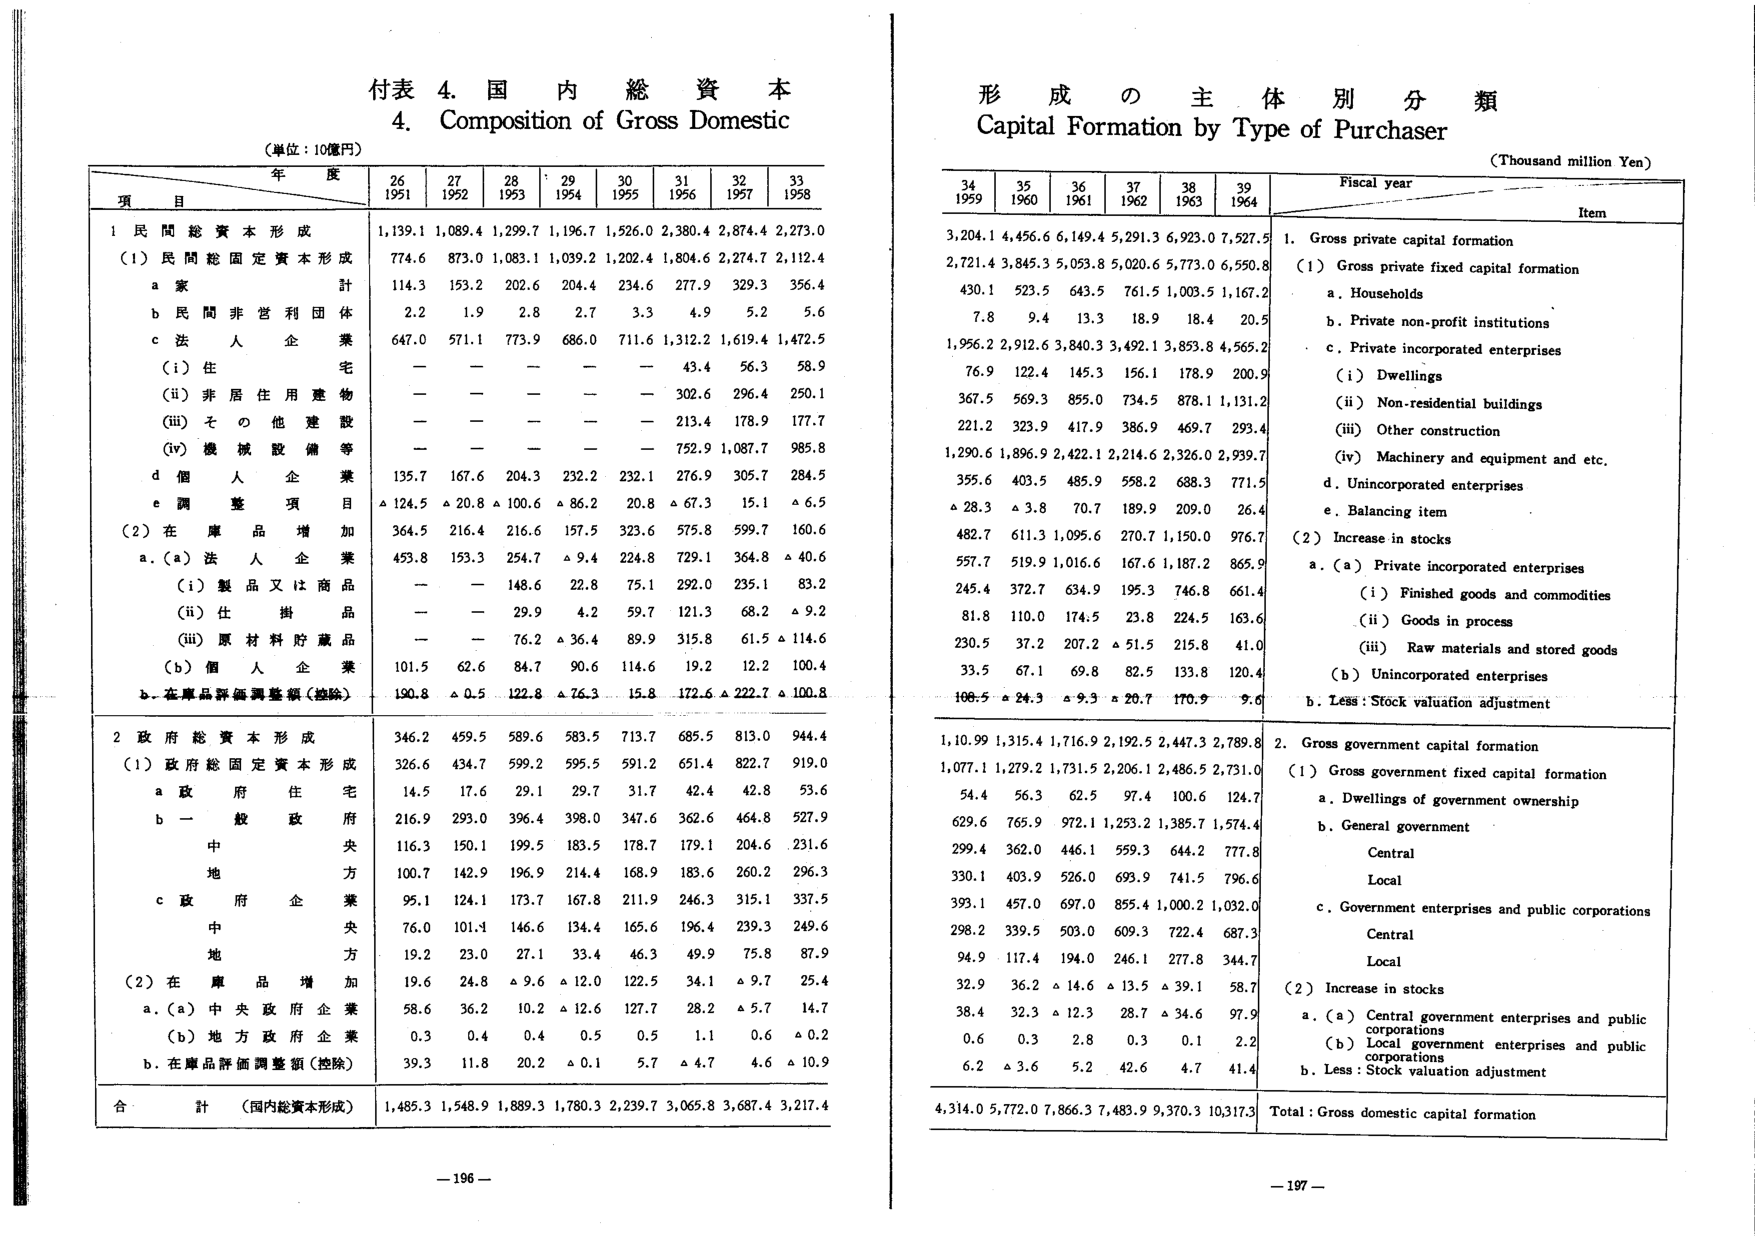
付表 4. 国内総資本
4. Composition of Gross Domestic

（単位：10億円）

年 度
項 目
26 1951
27 1952
28 1953
29 1954
30 1955
31 1956
32 1957
33 1958

1 民間総資本形成
1,139.1 1,089.4 1,299.7 1,196.7 1,526.0 2,380.4 2,874.4 2,273.0

（1）民間総固定資本形成
774.6 873.0 1,083.1 1,039.2 1,202.4 1,804.6 2,274.7 2,112.4

a 家 計
114.3 153.2 202.6 204.4 234.6 277.9 329.3 356.4

b 民間非営利団体
2.2 1.9 2.8 2.7 3.3 4.9 5.2 5.6

c 法人企業
647.0 571.1 773.9 686.0 711.6 1,312.2 1,619.4 1,472.5

（i）住宅
— — — — — 43.4 56.3 58.9

（ii）非居住用建物
— — — — — 302.6 296.4 250.1

（iii）その他建設
— — — — — 213.4 178.9 177.7

（iv）機械設備等
— — — — — 752.9 1,087.7 985.8

d 個人企業
135.7 167.6 204.3 232.2 232.1 276.9 305.7 284.5

e 調整項目
△124.5 △20.8 △100.6 △86.2 20.8 △67.3 15.1 △6.5

（2）在庫品増加
364.5 216.4 216.6 157.5 323.6 575.8 599.7 160.6

a.（a）法人企業
453.8 153.3 254.7 △9.4 224.8 729.1 364.8 △40.6

（i）製品又は商品
— — 148.6 22.8 75.1 292.0 235.1 83.2

（ii）仕掛品
— — 29.9 4.2 59.7 121.3 68.2 △9.2

（iii）原材料貯蔵品
— — 76.2 △36.4 89.9 315.8 61.5 △114.6

（b）個人企業
101.5 62.6 84.7 90.6 114.6 19.2 12.2 100.4

b. 在庫品評価調整額（控除）
190.8 △0.5 122.8 △76.3 15.8 172.6 △222.7 △100.8

2 政府総資本形成
346.2 459.5 589.6 583.5 713.7 685.5 813.0 944.4

（1）政府総固定資本形成
326.6 434.7 599.2 595.5 591.2 651.4 822.7 919.0

a 政府住宅
14.5 17.6 29.1 29.7 31.7 42.4 42.8 53.6

b 一般政府
216.9 293.0 396.4 398.0 347.6 362.6 464.8 527.9

中央
116.3 150.1 199.5 183.5 178.7 179.1 204.6 231.6

地方
100.7 142.9 196.9 214.4 168.9 183.6 260.2 296.3

c 政府企業
95.1 124.1 173.7 167.8 211.9 246.3 315.1 337.5

中央
76.0 101.1 146.6 134.4 165.6 196.4 239.3 249.6

地方
19.2 23.0 27.1 33.4 46.3 49.9 75.8 87.9

（2）在庫品増加
19.6 24.8 △9.6 △12.0 122.5 34.1 △9.7 25.4

a.（a）中央政府企業
58.6 36.2 10.2 △12.6 127.7 28.2 △5.7 14.7

（b）地方政府企業
0.3 0.4 0.4 0.5 0.5 1.1 0.6 △0.2

b. 在庫品評価調整額（控除）
39.3 11.8 20.2 △0.1 5.7 △4.7 4.6 △10.9

合計（国内総資本形成）
1,485.3 1,548.9 1,889.3 1,780.3 2,239.7 3,065.8 3,687.4 3,217.4

—196—

形成の主体別分類
Capital Formation by Type of Purchaser
（Thousand million Yen）

Fiscal year
Item
34 1959
35 1960
36 1961
37 1962
38 1963
39 1964

1. Gross private capital formation
3,204.1 4,456.6 6,149.4 5,291.3 6,923.0 7,527.5

（1）Gross private fixed capital formation
2,721.4 3,845.3 5,053.8 5,020.6 5,773.0 6,550.8

a. Households
430.1 523.5 643.5 761.5 1,003.5 1,167.2

b. Private non-profit institutions
7.8 9.4 13.3 18.9 18.4 20.5

c. Private incorporated enterprises
1,956.2 2,912.6 3,840.3 3,492.1 3,853.8 4,565.2

（i）Dwellings
76.9 122.4 145.3 156.1 178.9 200.9

（ii）Non-residential buildings
367.5 569.3 855.0 734.5 878.1 1,131.2

（iii）Other construction
221.2 323.9 417.9 386.9 469.7 293.4

（iv）Machinery and equipment and etc.
1,290.6 1,896.9 2,422.1 2,214.6 2,326.0 2,939.7

d. Unincorporated enterprises
355.6 403.5 485.9 558.2 688.3 771.5

e. Balancing item
△28.3 △3.8 70.7 189.9 209.0 26.4

（2）Increase in stocks
482.7 611.3 1,095.6 270.7 1,150.0 976.7

a.（a）Private incorporated enterprises
557.7 519.9 1,016.6 167.6 1,187.2 865.9

（i）Finished goods and commodities
245.4 372.7 634.9 195.3 746.8 661.4

（ii）Goods in process
81.8 110.0 174.5 23.8 224.5 163.6

（iii）Raw materials and stored goods
230.5 37.2 207.2 △51.5 215.8 41.0

（b）Unincorporated enterprises
33.5 67.1 69.8 82.5 133.8 120.4

b. Less : Stock valuation adjustment
108.5 △24.3 △9.3 △20.7 170.9 9.0

2. Gross government capital formation
1,10.99 1,315.4 1,716.9 2,192.5 2,447.3 2,789.8

（1）Gross government fixed capital formation
1,077.1 1,279.2 1,731.5 2,206.1 2,486.5 2,731.0

a. Dwellings of government ownership
54.4 56.3 62.5 97.4 100.6 124.7

b. General government
629.6 765.9 972.1 1,253.2 1,385.7 1,574.4

Central
299.4 362.0 446.1 559.3 644.2 777.8

Local
330.1 403.9 526.0 693.9 741.5 796.6

c. Government enterprises and public corporations
393.1 457.0 697.0 855.4 1,000.2 1,032.0

Central
298.2 339.5 503.0 609.3 722.4 687.3

Local
94.9 117.4 194.0 246.1 277.8 344.7

（2）Increase in stocks
32.9 36.2 △14.6 △13.5 △39.1 58.7

a.（a）Central government enterprises and public corporations
38.4 32.3 △12.3 28.7 △34.6 97.9

（b）Local government enterprises and public corporations
0.6 0.3 2.8 0.3 0.1 2.2

b. Less : Stock valuation adjustment
6.2 △3.6 5.2 42.6 4.7 41.4

Total : Gross domestic capital formation
4,314.0 5,772.0 7,866.3 7,483.9 9,370.3 10,317.3

—197—